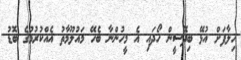
ހިލާފަށް އުޅޭ ބިދޭސީން ހޯދައި އެ މީހުންނާ ބެހޭ މައުލޫމާތު އެއްކުރުމުގެ ބޮޑު